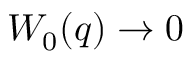
W _ { 0 } ( q ) \to 0